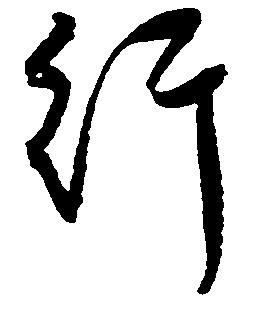
行